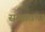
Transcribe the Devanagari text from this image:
सन्भावना